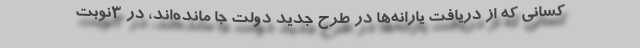
کسانی که از دریافت یارانه‌ها در طرح جدید دولت جا مانده‌اند، در ۳نوبت